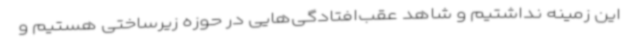
این زمینه نداشتیم و شاهد عقب‌افتادگی‌هایی در حوزه زیرساختی هستیم و